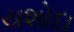
યશોદા